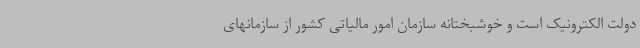
دولت الکترونیک است و خوشبختانه سازمان امور مالیاتی کشور از سازمانهای